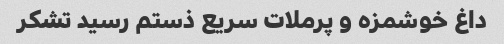
داغ خوشمزه و پرملات سریع ذستم رسید تشکر